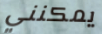
يمكنني